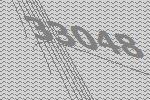
33048